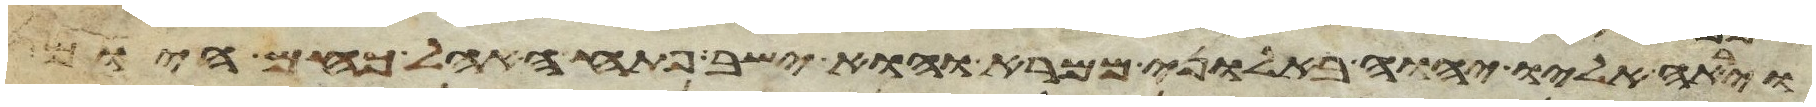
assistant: וירא אליו יהוה באלוני ממרא והוא ישב פתח האהל כחם היום